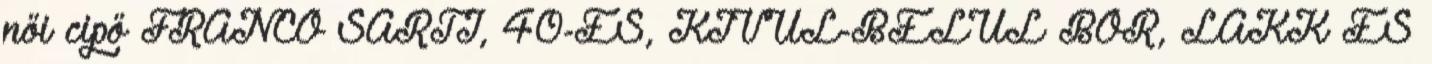
női cipő FRANCO SARTI, 40-ES, KÍVÜL-BELÜL BŐR, LAKK ÉS